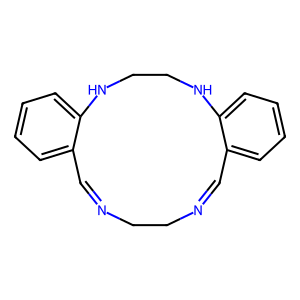
SMILES: C1=NCCN=Cc2ccccc2NCCNc2ccccc21
Inhibits HIV replication: No